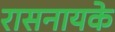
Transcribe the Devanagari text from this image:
रासनायके